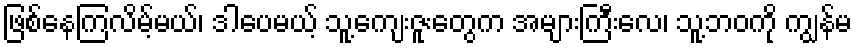
ဖြစ်နေကြလိမ့်မယ်၊ ဒါပေမယ့် သူ့ကျေးဇူးတွေက အများကြီးလေ၊ သူ့ဘဝကို ကျွန်မ